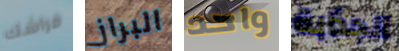
فراشك البراز واحد الجذابة